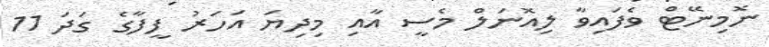
ނޮމިނޭޓް ވެފައިވާ ލިއޮނަލް މެސީ އާއި މިދިޔަ އަހަރު ފީފާގެ ގަދަ 11